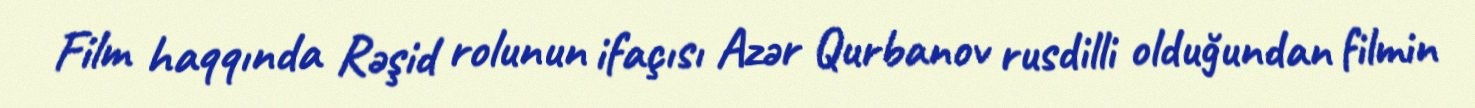
Film haqqında Rəşid rolunun ifaçısı Azər Qurbanov rusdilli olduğundan filmin